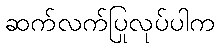
ဆက်လက်ပြုလုပ်ပါက